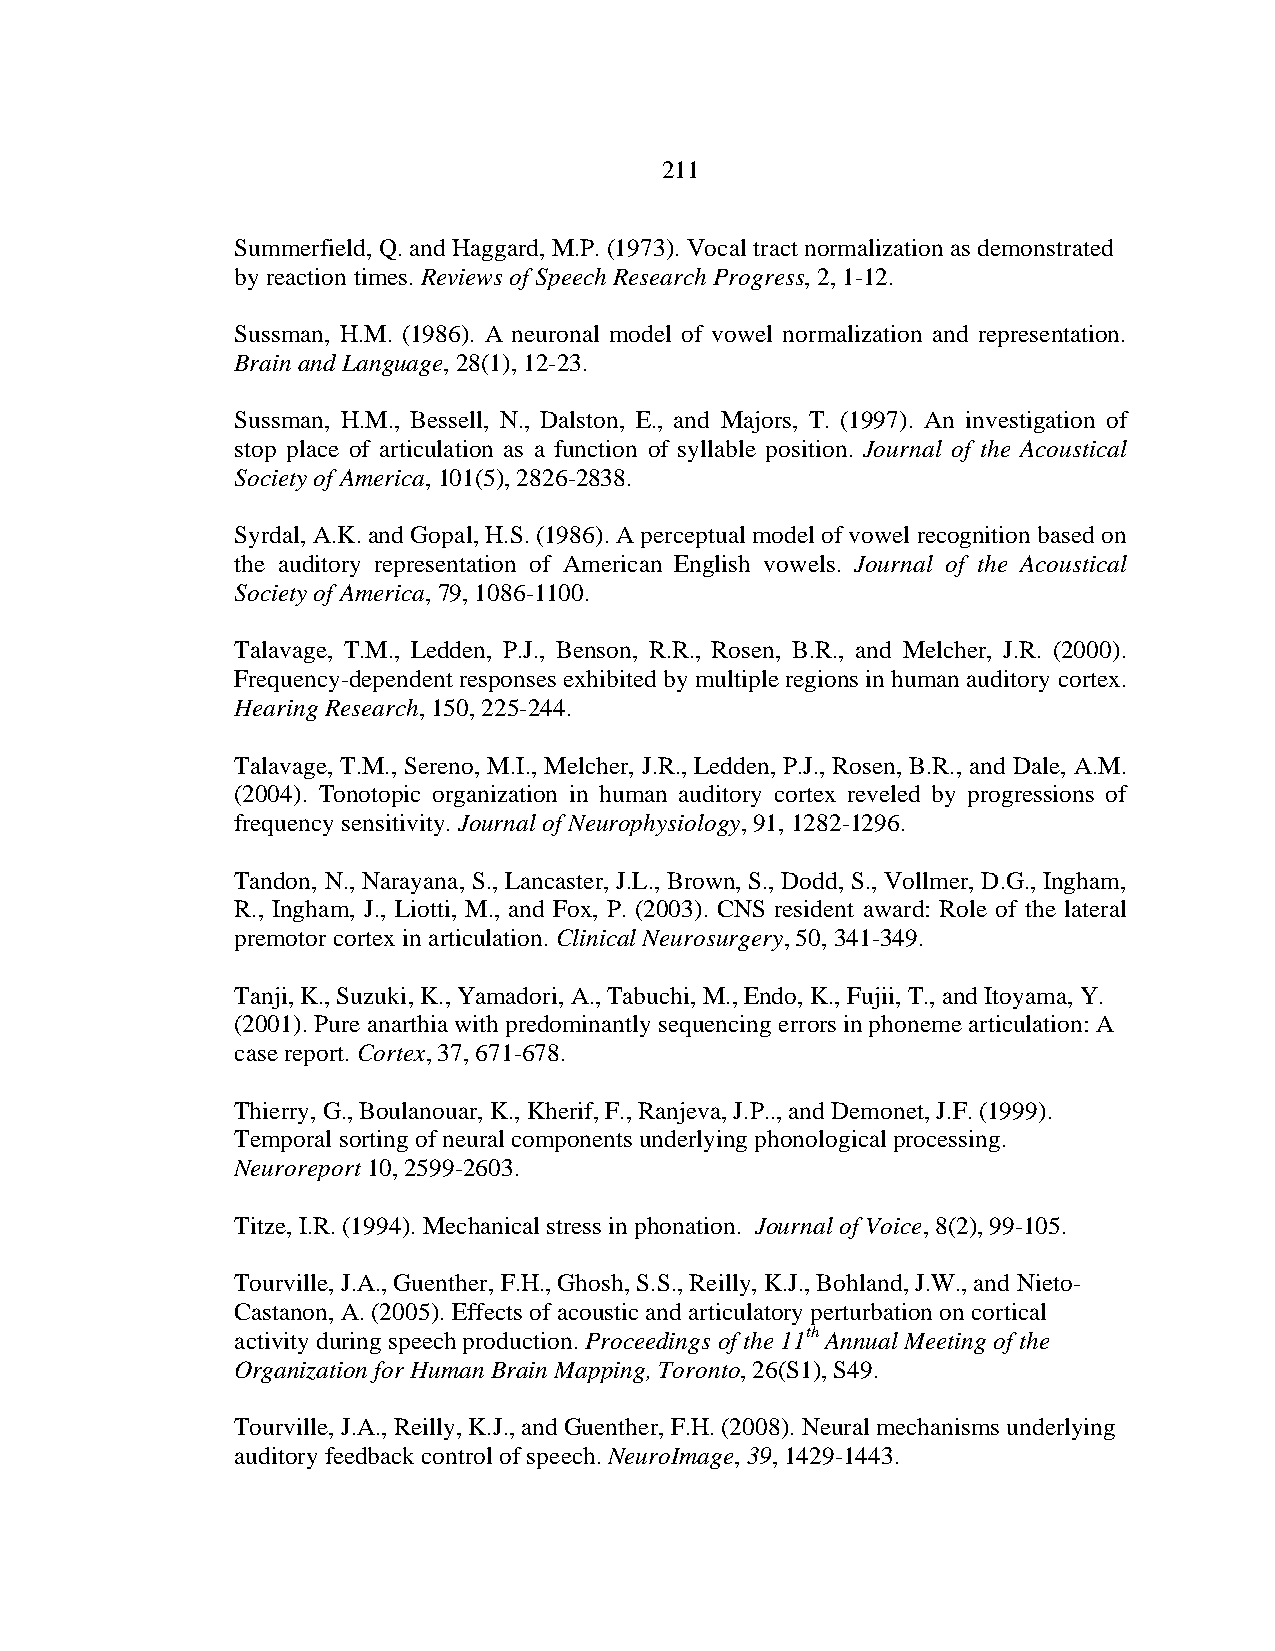
211
 Summerfield, Q. and Haggard, M.P. (1973). Vocal tract normalization as demonstrated
 by reaction times. Reviews of Speech Research Progress, 2, 1-12.
 Sussman, H.M. (1986). A neuronal model of vowel normalization and representation.
 Brain and Language, 28(1), 12-23.
 Sussman, H.M., Bessell, N., Dalston, E., and Majors, T. (1997). An investigation of
 stop place of articulation as a function of syllable position. Journal of the Acoustical
 Society of America, 101(5), 2826-2838.
 Syrdal, A.K. and Gopal, H.S. (1986). A perceptual model of vowel recognition based on
 the auditory representation of American English vowels. Journal of the Acoustical
 Society of America, 79, 1086-1100.
 Talavage, T.M., Ledden, P.J., Benson, R.R., Rosen, B.R., and Melcher, J.R. (2000).
 Frequency-dependent responses exhibited by multiple regions in human auditory cortex.
 Hearing Research, 150, 225-244.
 Talavage, T.M., Sereno, M.I., Melcher, J.R., Ledden, P.J., Rosen, B.R., and Dale, A.M.
 (2004). Tonotopic organization in human auditory cortex reveled by progressions of
 frequency sensitivity. Journal of Neurophysiology, 91, 1282-1296.
 Tandon, N., Narayana, S., Lancaster, J.L., Brown, S., Dodd, S., Vollmer, D.G., Ingham,
 R., Ingham, J., Liotti, M., and Fox, P. (2003). CNS resident award: Role of the lateral
 premotor cortex in articulation. Clinical Neurosurgery, 50, 341-349.
 Tanji, K., Suzuki, K., Yamadori, A., Tabuchi, M., Endo, K., Fujii, T., and Itoyama, Y.
 (2001). Pure anarthia with predominantly sequencing errors in phoneme articulation: A
 case report. Cortex, 37, 671-678.
 Thierry, G., Boulanouar, K., Kherif, F., Ranjeva, J.P.., and Demonet, J.F. (1999).
 Temporal sorting of neural components underlying phonological processing.
 Neuroreport 10, 2599-2603.
 Titze, I.R. (1994). Mechanical stress in phonation. Journal of Voice, 8(2), 99-105.
 Tourville, J.A., Guenther, F.H., Ghosh, S.S., Reilly, K.J., Bohland, J.W., and Nieto-
 Castanon, A. (2005). Effects of acoustic and articulatory perturbation on cortical
 activity during speech production. Proceedings of the 11th Annual Meeting of the
 Organization for Human Brain Mapping, Toronto, 26(S1), S49.
 Tourville, J.A., Reilly, K.J., and Guenther, F.H. (2008). Neural mechanisms underlying
 auditory feedback control of speech. NeuroImage, 39, 1429-1443.